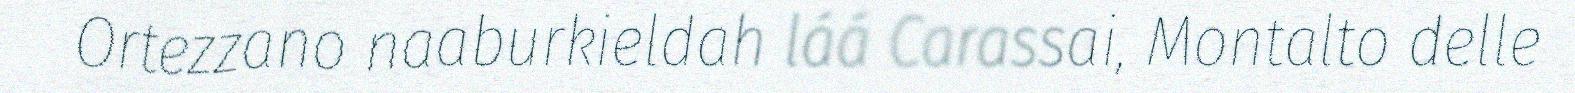
Ortezzano naaburkieldah láá Carassai, Montalto delle